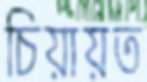
চিয়ায়ত